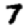
Digit: 7